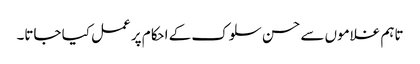
تاہم غلاموں سے حسن سلوک کے احکام پر عمل کیا جاتا۔